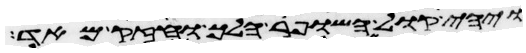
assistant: ויהי קול השופר הלך וחזק מאד